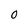
Character: 0